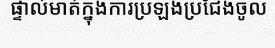
ផ្ទាល់មាត់ក្នុងការប្រឡងប្រជែងចូល